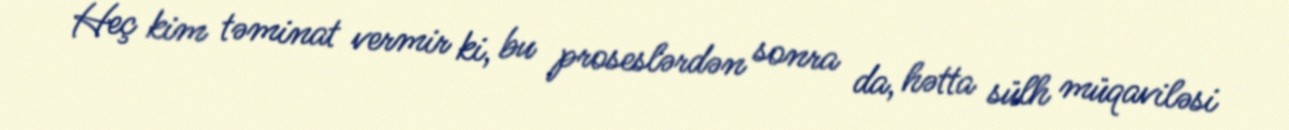
Heç kim təminat vermir ki, bu proseslərdən sonra da, hətta sülh müqaviləsi